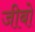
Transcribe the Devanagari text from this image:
जीबो